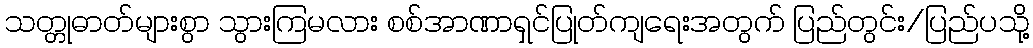
သတ္တုဓာတ်များစွာ သွားကြမလား စစ်အာဏာရှင်ပြုတ်ကျရေးအတွက် ပြည်တွင်း/ပြည်ပသို့